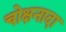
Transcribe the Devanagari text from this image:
चोक्षनादा